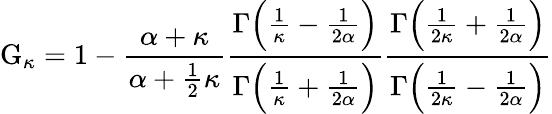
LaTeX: \operatorname{G}_{\kappa}=1-{\frac{\alpha+\kappa}{\alpha+{\frac{1}{2}}\kappa}}{\frac{\Gamma{\Big(}{\frac{1}{\kappa}}-{\frac{1}{2\alpha}}{\Big)}}{\Gamma{\Big(}{\frac{1}{\kappa}}+{\frac{1}{2\alpha}}{\Big)}}}{\frac{\Gamma{\Big(}{\frac{1}{2\kappa}}+{\frac{1}{2\alpha}}{\Big)}}{\Gamma{\Big(}{\frac{1}{2\kappa}}-{\frac{1}{2\alpha}}{\Big)}}}